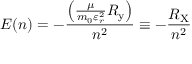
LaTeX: E ( n ) = - { \frac { \left( { \frac { \mu } { m _ { 0 } \varepsilon _ { r } ^ { 2 } } } R _ { \mathrm { y } } \right) } { n ^ { 2 } } } \equiv - { \frac { R _ { \mathrm { X } } } { n ^ { 2 } } }